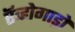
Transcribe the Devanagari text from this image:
ऍव्होगाड्रो